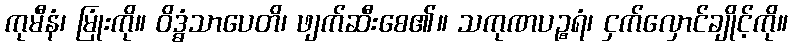
ကုမီနံ၊ မြုံးကို။ ဝိဒ္ဓံသာပေတိ၊ ဖျက်ဆီးစေ၏။ သကုဏပဉ္စရံ၊ ငှက်လှောင်ချိုင့်ကို။